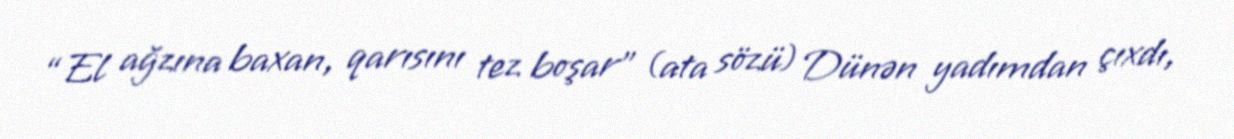
“El ağzına baxan, qarısını tez boşar” (ata sözü) Dünən yadımdan çıxdı,